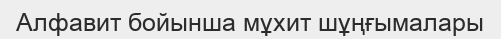
Алфавит бойынша мұхит шұңғымалары